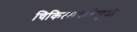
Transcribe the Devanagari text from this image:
चिकित्सकतेमुळे